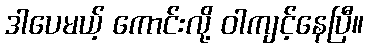
ဒါပေမယ့် ကောင်းလို့ ဝါကျင့်နေပြီ။